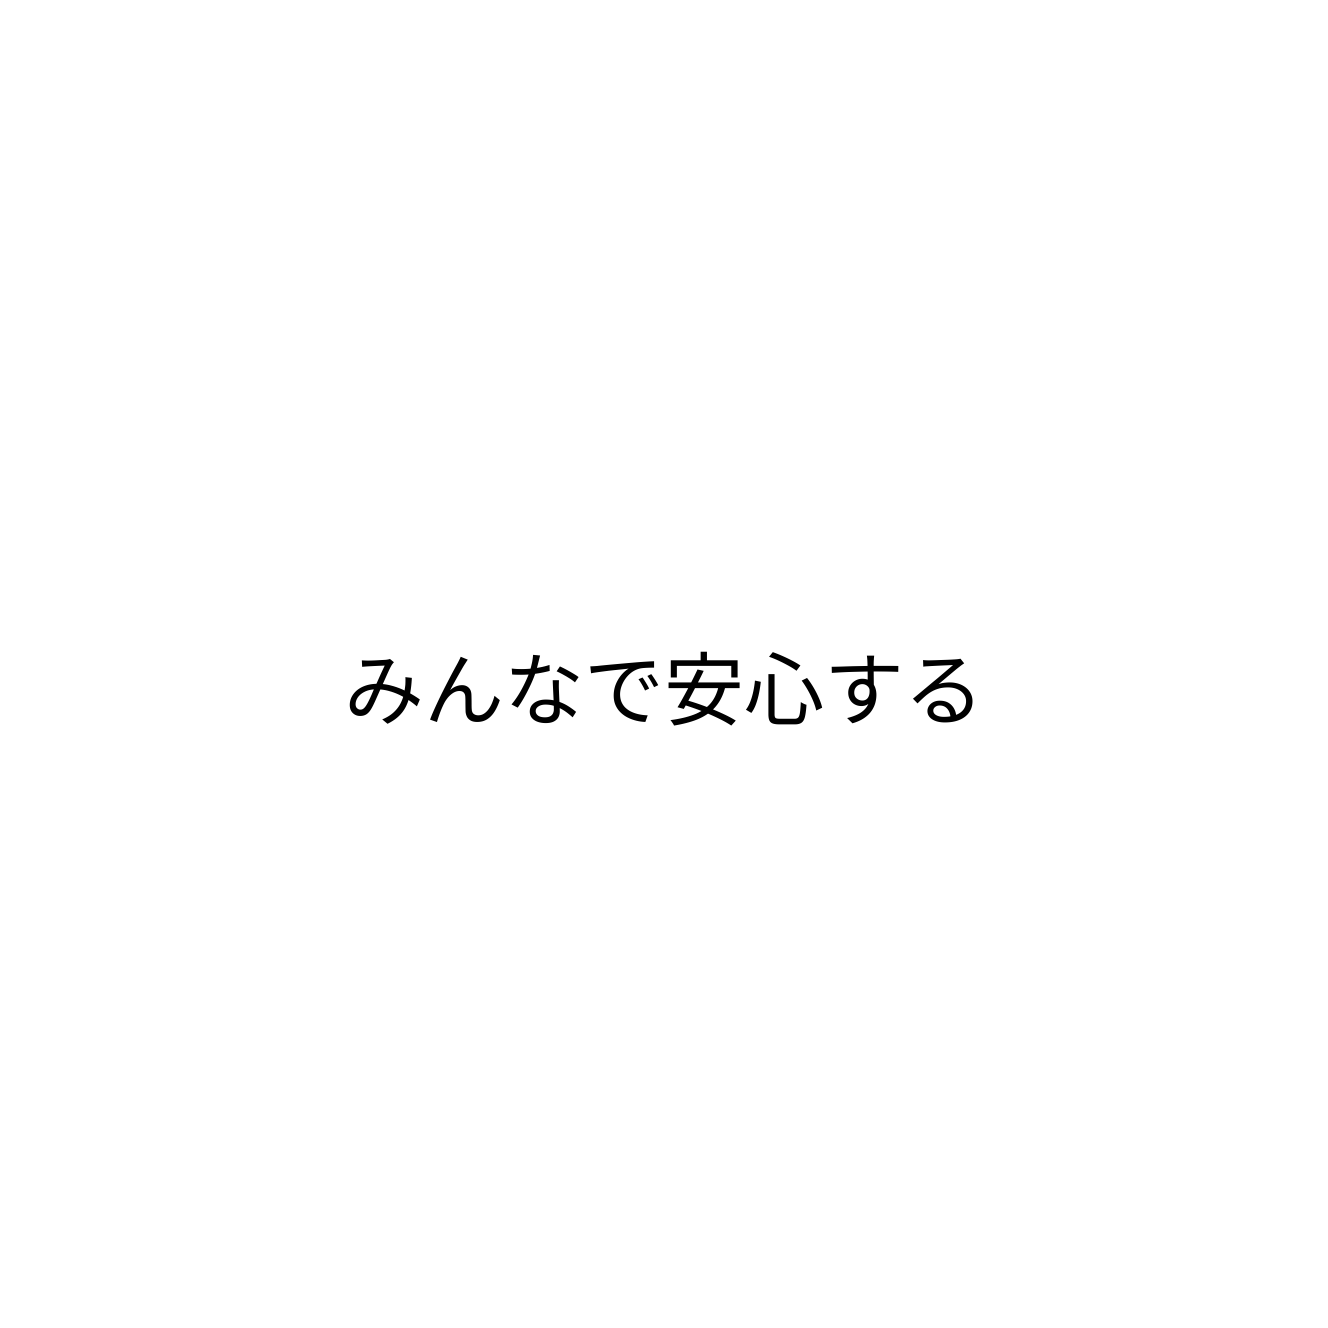
みんなで安心する